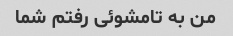
من به تامشوئی رفتم شما